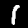
Label: 1